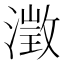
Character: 澂